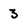
Character: 3